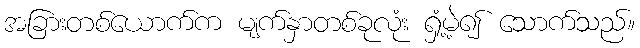
အခြားတစ်ယောက်က မျက်နှာတစ်ခုလုံး ရှံ့မဲ့၍ သောက်သည်။